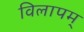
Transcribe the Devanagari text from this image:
विलापम्